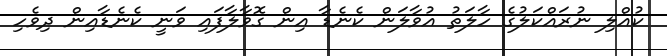
ކުއްލި ނުރައްކަލުގެ ހާލަތު އުވާލަން ކެނެޑާ އިން ގޮވާލާފައި ވަނީ ކެނެޑާއިން ދިވެހި